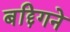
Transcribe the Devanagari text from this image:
बद्दिगने